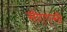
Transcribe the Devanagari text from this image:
सीएएसी